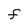
Character: f